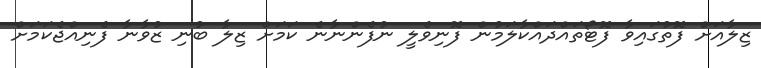
ޒިލާއަށް ފޮތުގައިވާ ފޮޓޯތައްދައްކާލަމުން ފޮނިވެލީ ނުފެންނާނެ ކަމަށް ޒިލާ ބުނި ޒުވާނާ ފެނިއްޖެކަމަށް